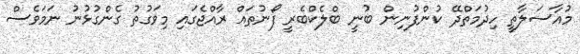
މުއާސަލާތީ ހިދުމަތްދޭ ކުންފުނިން ބުނީ ބްލެކްބެރީ ފޯނުތައް ރާއްޖެގައި މިވަގުތު ގެންގުޅުނު ނަމަވެސް